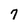
Character: 7